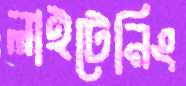
লাইটেনিং